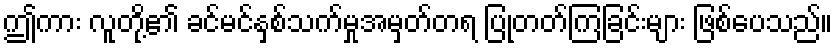
ဤကား လူတို့၏ ခင်မင်နှစ်သက်မှုအမှတ်တရ ပြုတတ်ကြခြင်းများ ဖြစ်ပေသည်။